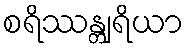
စရိဿန္တျရိယာ